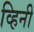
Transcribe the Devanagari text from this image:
व्हिनी